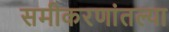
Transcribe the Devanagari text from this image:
समीकरणांतल्या